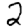
Digit: 2